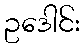
ဥဒေါင်း